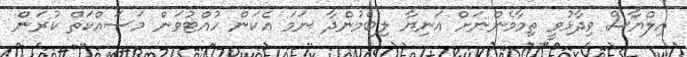
އިލްޔާސް ވިދާޅުވީ ތިމާމެންނަށް އަނިޔާ ލިބެމުންދާ ނަމަ އެކަން ހުއްޓުވަން މަސައްކަތް ކުރަން